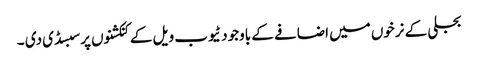
بجلی کے نرخوں میں اضافے کے باوجود ٹیوب ویل کے کنکشنوں پر سبسڈی دی ۔